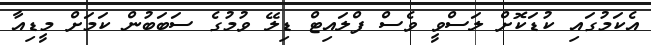
އެކަމުގައި ކުޑަކޮށް ލަސްވީ ވެސް ފްލައިޓް ޑިލޭ ވުމުގެ ސަބަބުން ކަމަށް މީޑިއާ